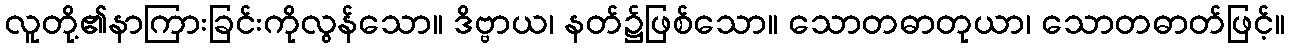
လူတို့၏နာကြားခြင်းကိုလွန်သော။ ဒိဗ္ဗာယ၊ နတ်၌ဖြစ်သော။ သောတဓာတုယာ၊ သောတဓာတ်ဖြင့်။